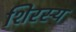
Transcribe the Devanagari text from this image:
शिरस्य